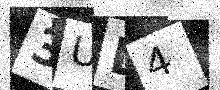
Text: 3UD4